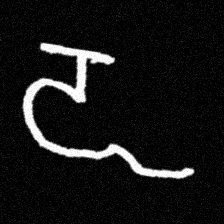
Pyu character \u2014 Myanmar letter: ဍ (romanized: dda)